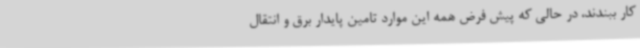
کار ببندند، در حالی که پیش فرض همه این موارد تامین پایدار برق و انتقال